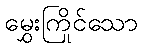
မွှေးကြိုင်သော